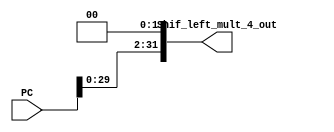
module shift_left_mult_4(
    input   wire    [31:0]  PC,
    output  wire    [31:0]  Shif_left_mult_4_out
);

    assign Shif_left_mult_4_out = PC << 2; //two zeros left = * 4

endmodule